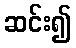
ဆင်း၍